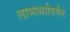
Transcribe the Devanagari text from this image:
लाभार्थ्यांपर्यंत